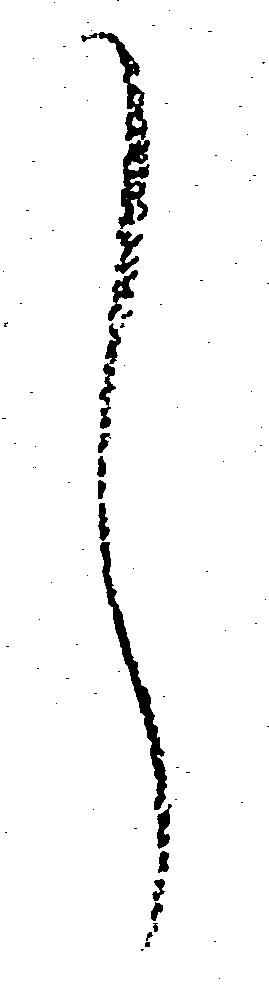
し